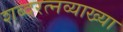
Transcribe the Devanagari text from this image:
शब्दरत्नव्याख्या